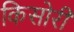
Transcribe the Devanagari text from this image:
किसोरी